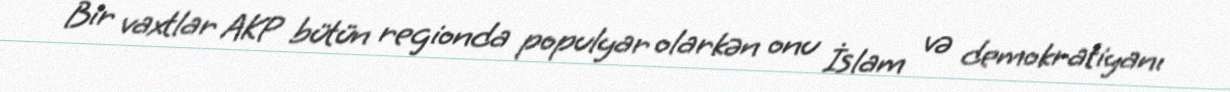
Bir vaxtlar AKP bütün regionda populyar olarkən onu İslam və demokratiyanı